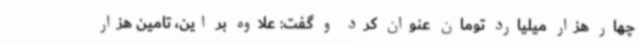
چهار هزار میلیارد تومان عنوان کرد و گفت: علاوه بر این، تامین هزار